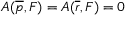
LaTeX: A ( \overline { { { p } } } , F ) = A ( \overline { { { r } } } , F ) = 0